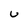
Character: u